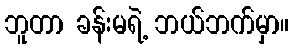
ဘူတာ ခန်းမရဲ့ ဘယ်ဘက်မှာ။